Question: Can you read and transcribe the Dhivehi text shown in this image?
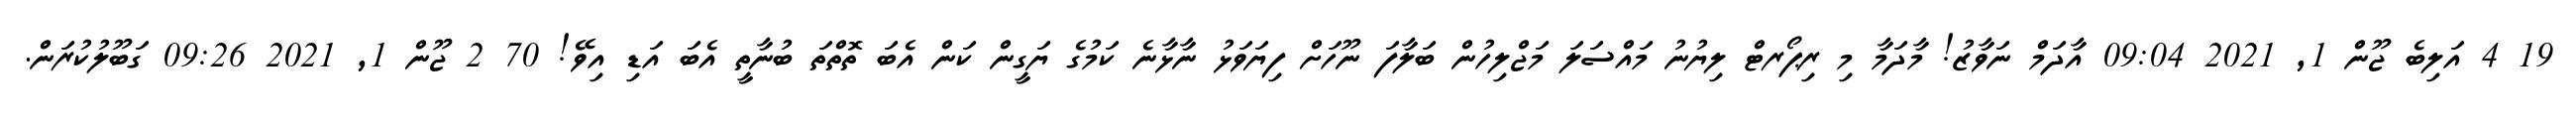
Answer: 19 4 އަލިބެ ޖޫން 1, 2021 09:04 އާދަމް ނަވާޒު! މާދަމާ މި ރިޕޯރޓް ލިޔުނު މައްސަލަ މަޖްލިހުން ބަލާފަ ނޫހަށް ފިޔަވަޅު ނާޅާނެ ކަމުގެ ޔަގީން ކަން އެބަ ތޮތްތަ ބުނާތީ އެބަ އަޑި އިވޭ! 70 2 ޖޫން 1, 2021 09:26 ގަބޫލުކުރަން.